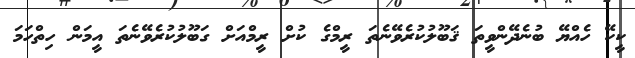
ކީކޭ ހެއްޔޭ ބުނެދޭންވީތަ ޤަބޫލުކުރެވޭނެތަ ރީމްގެ ކުށް ރީމްއަށް ގަބޫލުކުރެވޭނެތަ އީމަން ހިތްހަމަ